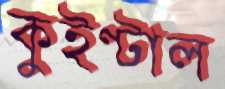
কুইণ্টাল